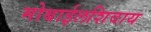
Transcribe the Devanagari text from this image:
मोबाईलशिवाय